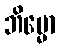
ဘိမ္မော